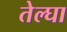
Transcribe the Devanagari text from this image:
तेल्घा